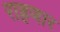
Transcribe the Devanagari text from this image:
राह्रणार